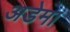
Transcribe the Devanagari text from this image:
अडेमा